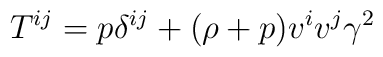
T^{ij}=p\delta ^{ij}+(\rho +p)v^iv^j\gamma ^2